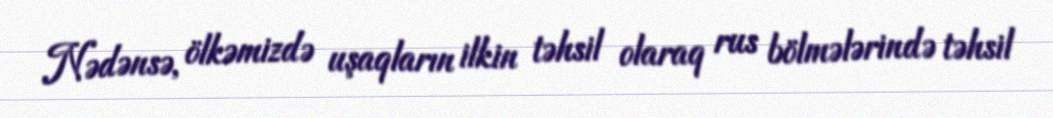
Nədənsə, ölkəmizdə uşaqların ilkin təhsil olaraq rus bölmələrində təhsil